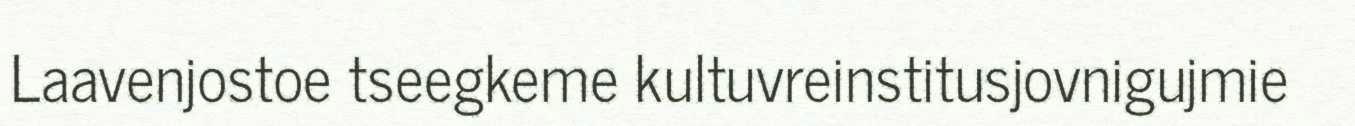
Laavenjostoe tseegkeme kultuvreinstitusjovnigujmie